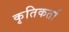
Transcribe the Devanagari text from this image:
कृतिकर्ता